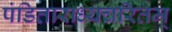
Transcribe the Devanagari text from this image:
पंडिताराध्यचरितम्